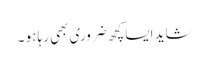
شاید ایسا کچھ ضروری بھی رہا ہو ۔